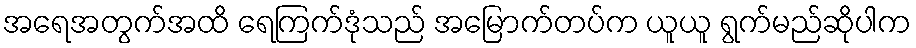
အရေအတွက်အထိ ရေကြက်ဒုံသည် အမြောက်တပ်က ယူယူ ရွက်မည်ဆိုပါက